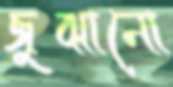
জুঝানো